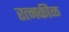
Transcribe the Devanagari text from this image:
रत्नकीळ